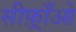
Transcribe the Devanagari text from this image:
सीफ़्राँओ